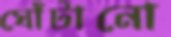
ঘোঁটানো